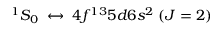
^ 1 S _ { 0 } \; \leftrightarrow \; 4 f ^ { 1 3 } 5 d 6 s ^ { 2 } \; ( J = 2 )